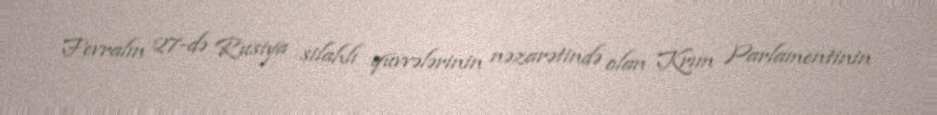
Fevralın 27-də Rusiya silahlı qüvvələrinin nəzarətində olan Krım Parlamentinin